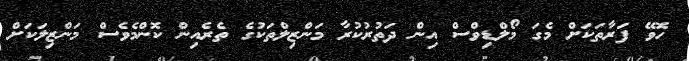
ހޮވޭ ފަރާތަކަށް މެގަ މޯލްޑިވްސް އިން ދަތުރުކުރާ މަންޒިލްތަކުގެ ތެރެއިން ކޮންމެވެސް މަންޒިލަކަށް